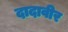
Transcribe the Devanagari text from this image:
दादावीर